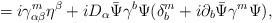
LaTeX: \begin{align*}=i\gamma^m_{\alpha\beta}\eta^\beta+iD_\alpha\bar\Psi\gamma^b\Psi(\delta_b^m+i\partial_b\bar\Psi\gamma^m\Psi),\end{align*}